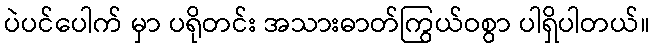
ပဲပင်ပေါက် မှာ ပရိုတင်း အသားဓာတ်ကြွယ်ဝစွာ ပါရှိပါတယ်။